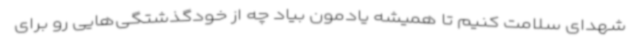
شهدای سلامت کنیم تا همیشه یادمون بیاد چه از خودگذشتگی‌هایی رو برای